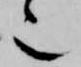
也